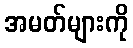
အမတ်များကို